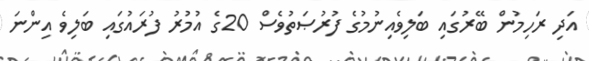
އަދި ރަހިމުން ބޭރުގައި ބަލިވެއިނުމުގެ ފުރުޞަތުވެސް 20ގެ އުމުރު ފުރައުގައި ބަލިވެ އިންނަ